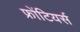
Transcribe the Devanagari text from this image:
फ्रोंटियर्स